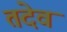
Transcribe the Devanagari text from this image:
तदेवं